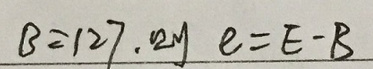
\[ B = 127.2 \mathrm{J} \quad e = E - B \]